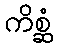
ကိစ္ဆံ